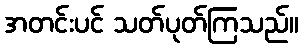
အတင်းပင် သတ်ပုတ်ကြသည်။